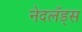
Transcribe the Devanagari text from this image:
नेदलँड्स